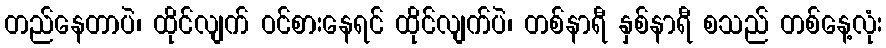
တည်နေတာပဲ၊ ထိုင်လျက် ဝင်စားနေရင် ထိုင်လျက်ပဲ၊ တစ်နာရီ နှစ်နာရီ စသည် တစ်နေ့လုံး